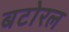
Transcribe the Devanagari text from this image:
बटोरल